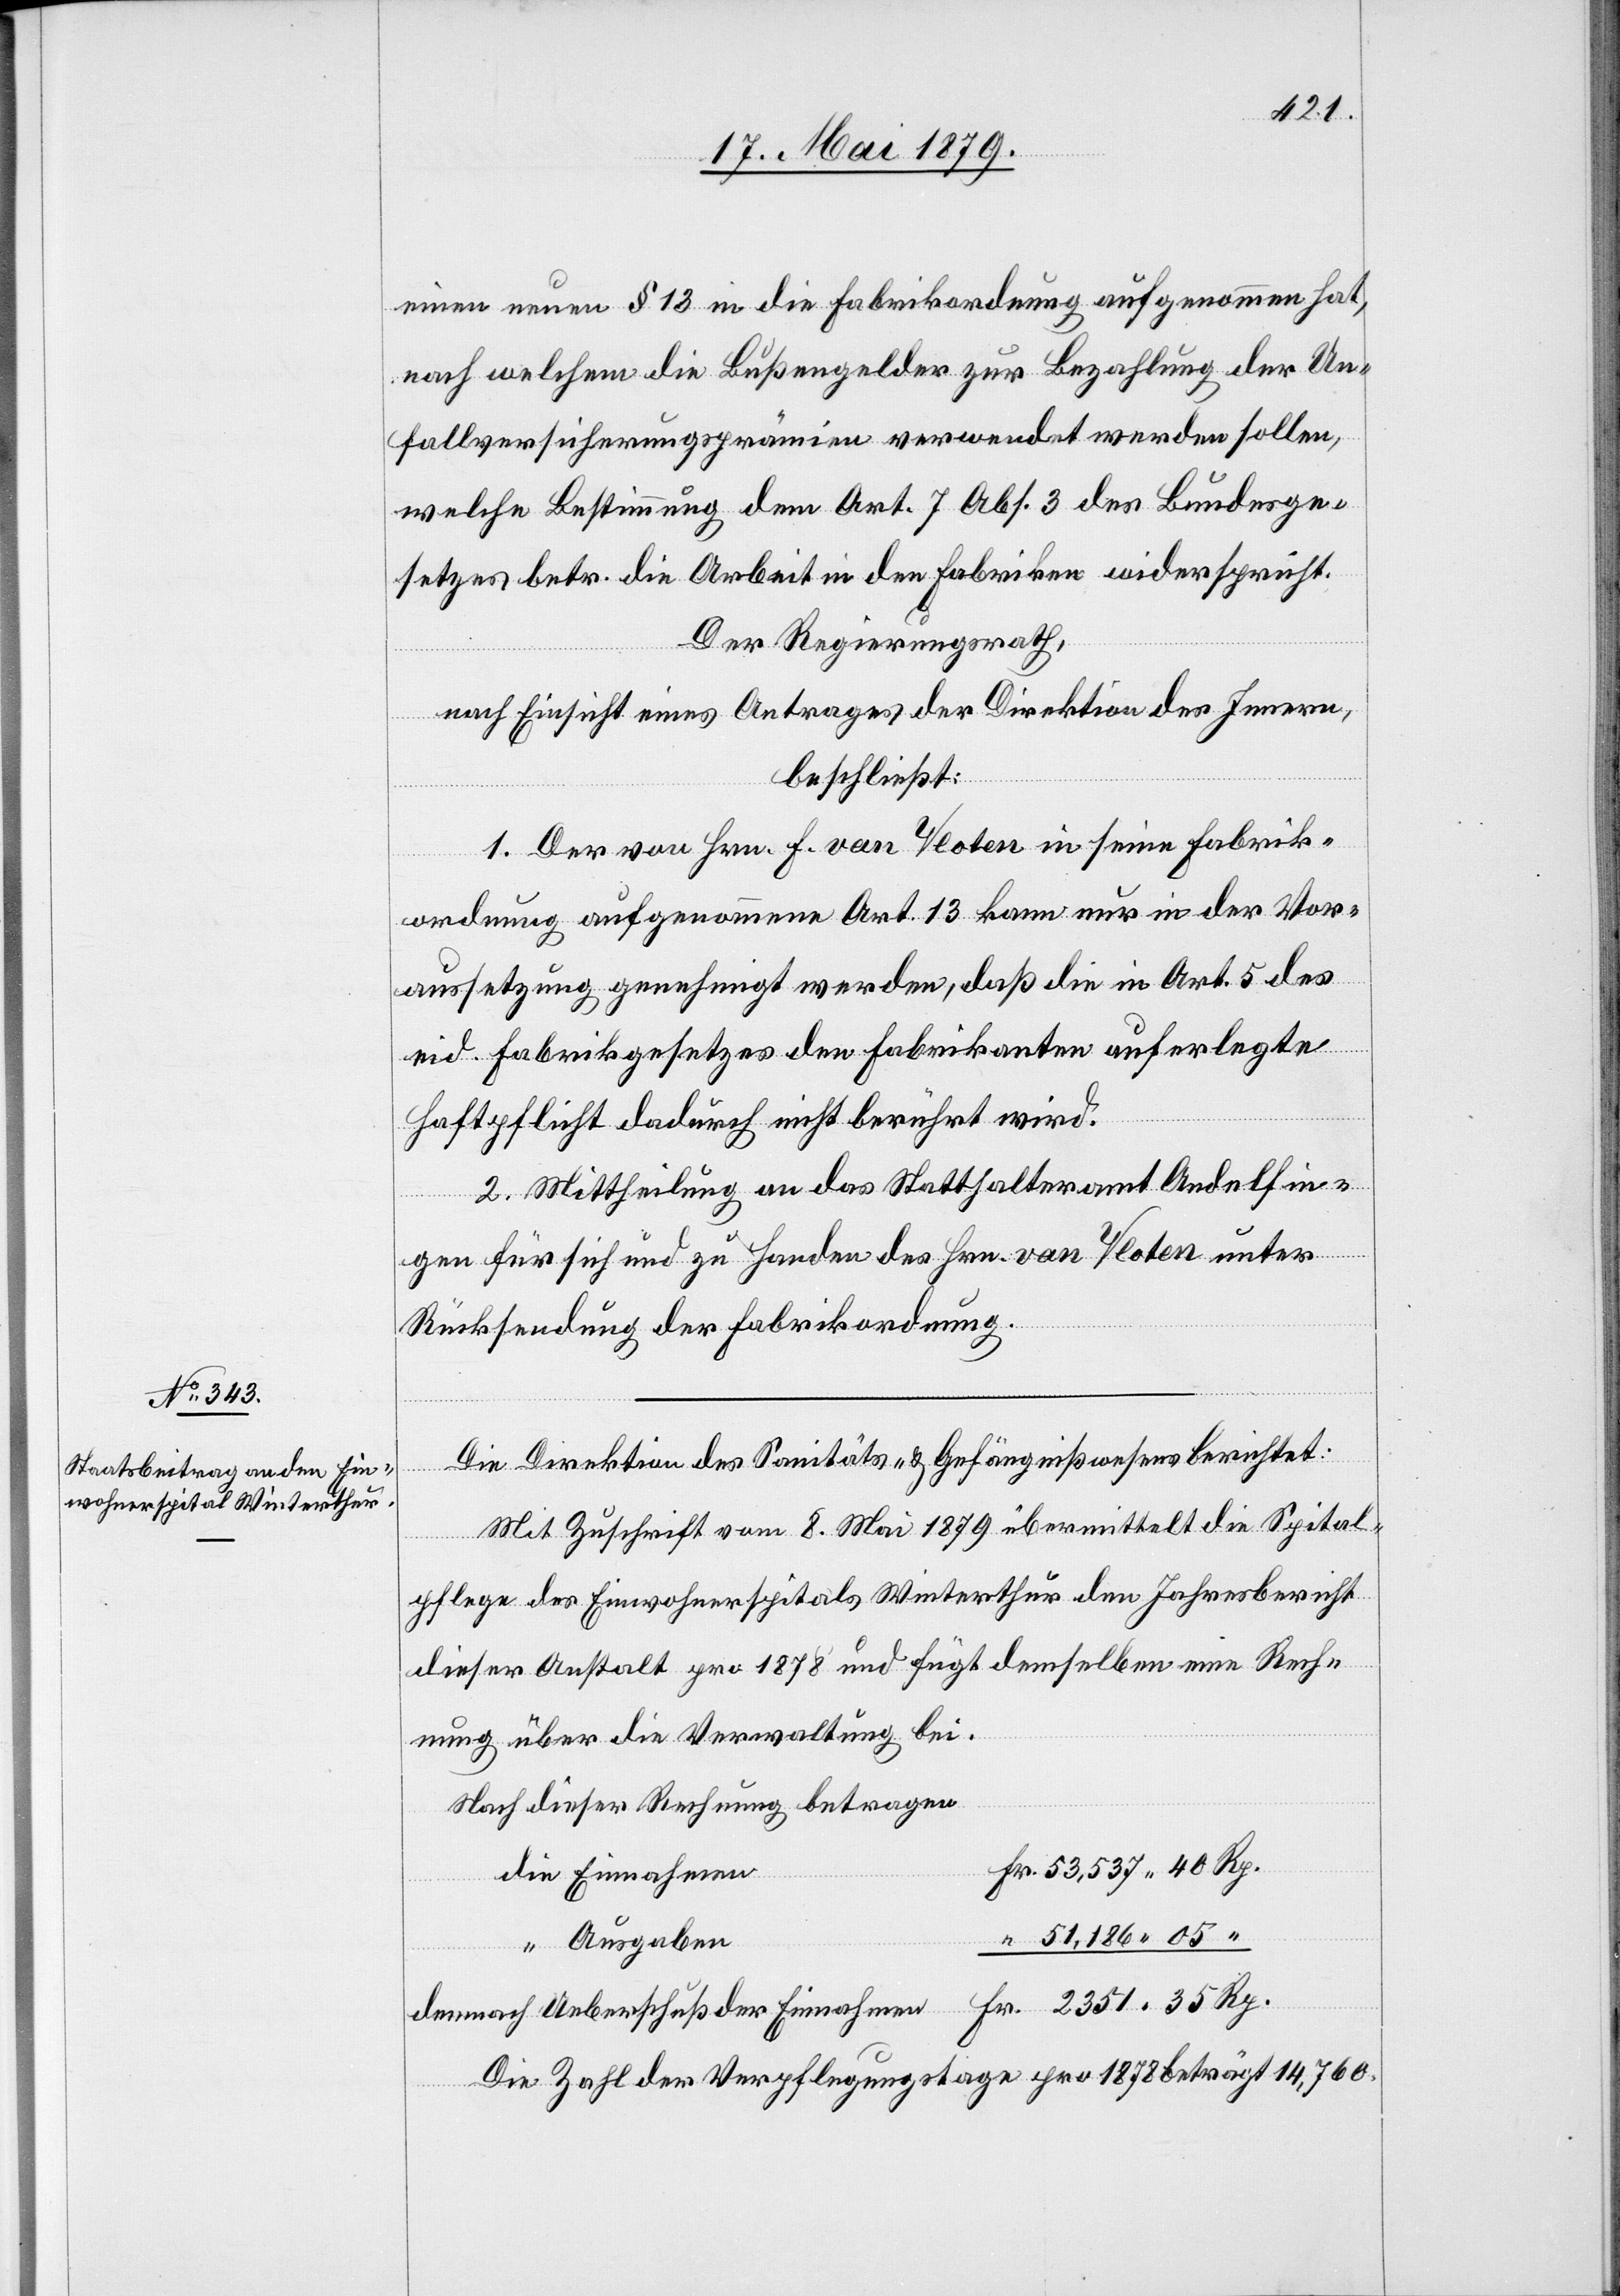
2351
einen neuen § 13 in die Fabrikordnung aufgenommen hat,
nach welchem die Bußengelder zur Bezahlung der Un¬
fallversicherungsprämien verwendet werden sollen,
welche Bestimmung dem Art. 7 Abs. 3 des Bundesge¬
setzes betr. die Arbeit in den Fabriken widerspricht.
Der Regierungsrath,
nach Einsicht eines Antrages der Direktion des Innern,
Rp.
beschließt:
1. Der von Hrn. F. van Vloten in seine Fabrik¬
ordnung aufgenommene Art. 13 kann nur in der Vor¬
aussetzung genehmigt werden, daß die in Art. 5 des
eid. Fabrikgesetzes den Fabrikanten auferlegte
Haftpflicht dadurch nicht berührt wird.
2. Mittheilung an das Statthalteramt Andelfin¬
gen für sich und zu Handen des Hrn. van Vloten unter
Rücksendung der Fabrikordnung.
Die Direktion des Sanitäts- & Gefängnißwesens berichtet:
Mit Zuschrift vom 8. Mai 1879 übermittelt die Spital¬
pflege des Einwohnerspitals Winterthur den Jahresbericht
dieser Anstalt pro 1878 und fügt demselben eine Rech¬
nung über die Verwaltung bei.
Nach dieser Rechnung betragen
Ausgaben
demnach Ueberschuß der Einnahmen
Die Zahl der Verpflegungstage pro 1878 beträgt 14,760.